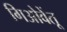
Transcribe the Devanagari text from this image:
गिओवेंतू